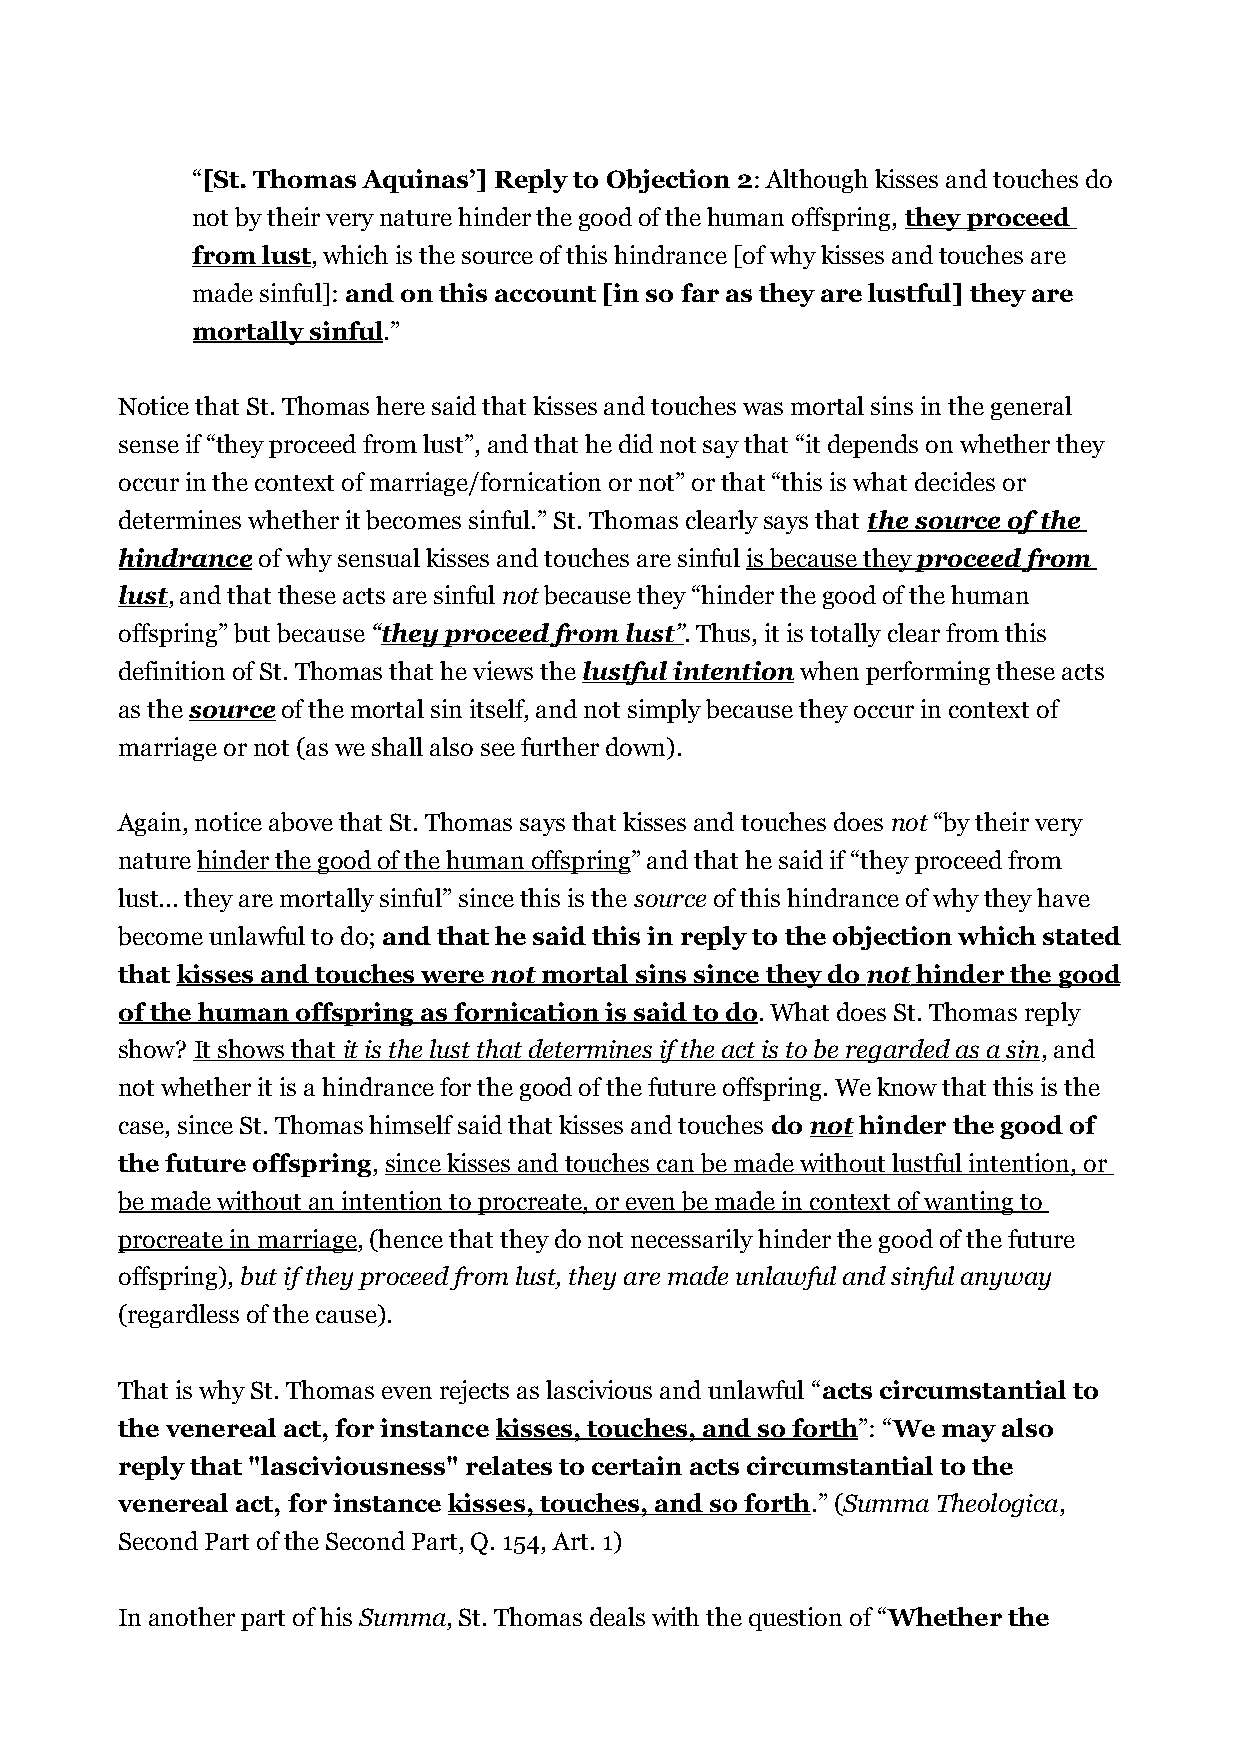
“[St. Thomas Aquinas’] Reply to Objection 2: Although kisses and touches do
 not by their very nature hinder the good of the human offspring, they proceed
 from lust, which is the source of this hindrance [of why kisses and touches are
 made sinful]: and on this account [in so far as they are lustful] they are
 mortally sinful.”
 Notice that St. Thomas here said that kisses and touches was mortal sins in the general
 sense if “they proceed from lust”, and that he did not say that “it depends on whether they
 occur in the context of marriage/fornication or not” or that “this is what decides or
 determines whether it becomes sinful.” St. Thomas clearly says that the source of the
 hindrance of why sensual kisses and touches are sinful is because they proceed from
 lust, and that these acts are sinful not because they “hinder the good of the human
 offspring” but because “ they proceed from lust ” . Thus, it is totally clear from this
 definition of St. Thomas that he views the lustful intention when performing these acts
 as the source of the mortal sin itself, and not simply because they occur in context of
 marriage or not (as we shall also see further down).
 Again, notice above that St. Thomas says that kisses and touches does not “by their very
 nature hinder the good of the human offspring” and that he said if “they proceed from
 lust... they are mortally sinful” since this is the source of this hindrance of why they have
 become unlawful to do; and that he said this in reply to the objection which stated
 that kisses and touches were not mortal sins since they do not hinder the good
 of the human offspring as fornication is said to do. What does St. Thomas reply
 show? It shows that it is the lust that determines if the act is to be regarded as a sin , and
 not whether it is a hindrance for the good of the future offspring. We know that this is the
 case, since St. Thomas himself said that kisses and touches do not hinder the good of
 the future offspring, since kisses and touches can be made without lustful intention, or
 be made without an intention to procreate, or even be made in context of wanting to
 procreate in marriage, (hence that they do not necessarily hinder the good of the future
 offspring), but if they proceed from lust, they are made unlawful and sinful anyway
 (regardless of the cause).
 That is why St. Thomas even rejects as lascivious and unlawful “acts circumstantial to
 the venereal act, for instance kisses, touches, and so forth”: “We may also
 reply that "lasciviousness" relates to certain acts circumstantial to the
 venereal act, for instance kisses, touches, and so forth.” (Summa Theologica,
 Second Part of the Second Part, Q. 154, Art. 1)
 In another part of his Summa, St. Thomas deals with the question of “Whether the